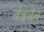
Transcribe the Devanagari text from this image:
बंडचेन